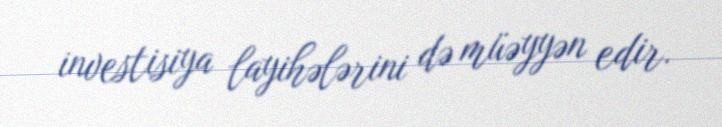
investisiya layihələrini də müəyyən edir.